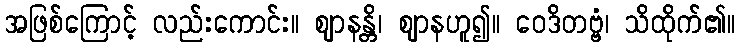
အဖြစ်ကြောင့် လည်းကောင်း။ ဈာနန္တိ၊ ဈာနဟူ၍။ ဝေဒိတဗ္ဗံ၊ သိထိုက်၏။